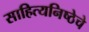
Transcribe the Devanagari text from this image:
साहित्यनिष्ठेचे